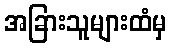
အခြားသူများထံမှ